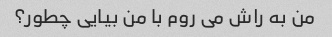
من به راش می روم با من بیایی چطور؟